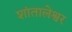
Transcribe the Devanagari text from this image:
शांतालेश्वर